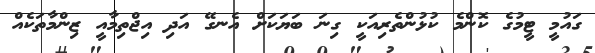
ގައުމީ ޓީމުގެ ކޮންމެ ކުޅުންތެރިއަކީ ގިނަ ބަޔަކަށް އެނގޭ އަދި އިޖްތިމާއީ ޒިންމާތަކެއް